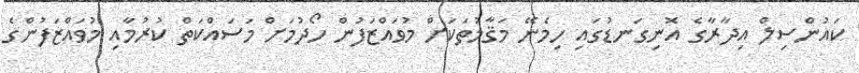
ކައުންސިލް އިދާރާގެ އޮނިގަނޑުގައި ހިމެނޭ މަޤާމުތަކަށް މުވައްޒަފުން ހޯދުމަށް މަސައްކަތް ކުރުމާއި މުވައްޒަފުންގެ